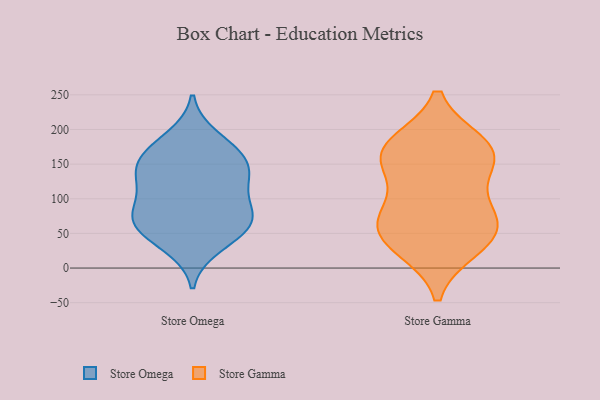
{"axis": {"x": "Humidity (%)", "y": "Value"}, "legend": ["Store Gamma", "Store Omega"], "data": [{"x": "", "y": 72, "type": "Store Omega"}, {"x": "", "y": 42, "type": "Store Omega"}, {"x": "", "y": 151, "type": "Store Omega"}, {"x": "", "y": 62, "type": "Store Omega"}, {"x": "", "y": 100, "type": "Store Omega"}, {"x": "", "y": 31, "type": "Store Omega"}, {"x": "", "y": 119, "type": "Store Omega"}, {"x": "", "y": 150, "type": "Store Omega"}, {"x": "", "y": 70, "type": "Store Omega"}, {"x": "", "y": 71, "type": "Store Omega"}, {"x": "", "y": 73, "type": "Store Omega"}, {"x": "", "y": 174, "type": "Store Omega"}, {"x": "", "y": 126, "type": "Store Omega"}, {"x": "", "y": 189, "type": "Store Omega"}, {"x": "", "y": 162, "type": "Store Omega"}, {"x": "", "y": 136, "type": "Store Omega"}, {"x": "", "y": 147, "type": "Store Gamma"}, {"x": "", "y": 60, "type": "Store Gamma"}, {"x": "", "y": 174, "type": "Store Gamma"}, {"x": "", "y": 30, "type": "Store Gamma"}, {"x": "", "y": 81, "type": "Store Gamma"}, {"x": "", "y": 37, "type": "Store Gamma"}, {"x": "", "y": 178, "type": "Store Gamma"}, {"x": "", "y": 55, "type": "Store Gamma"}, {"x": "", "y": 160, "type": "Store Gamma"}, {"x": "", "y": 85, "type": "Store Gamma"}, {"x": "", "y": 165, "type": "Store Gamma"}]}